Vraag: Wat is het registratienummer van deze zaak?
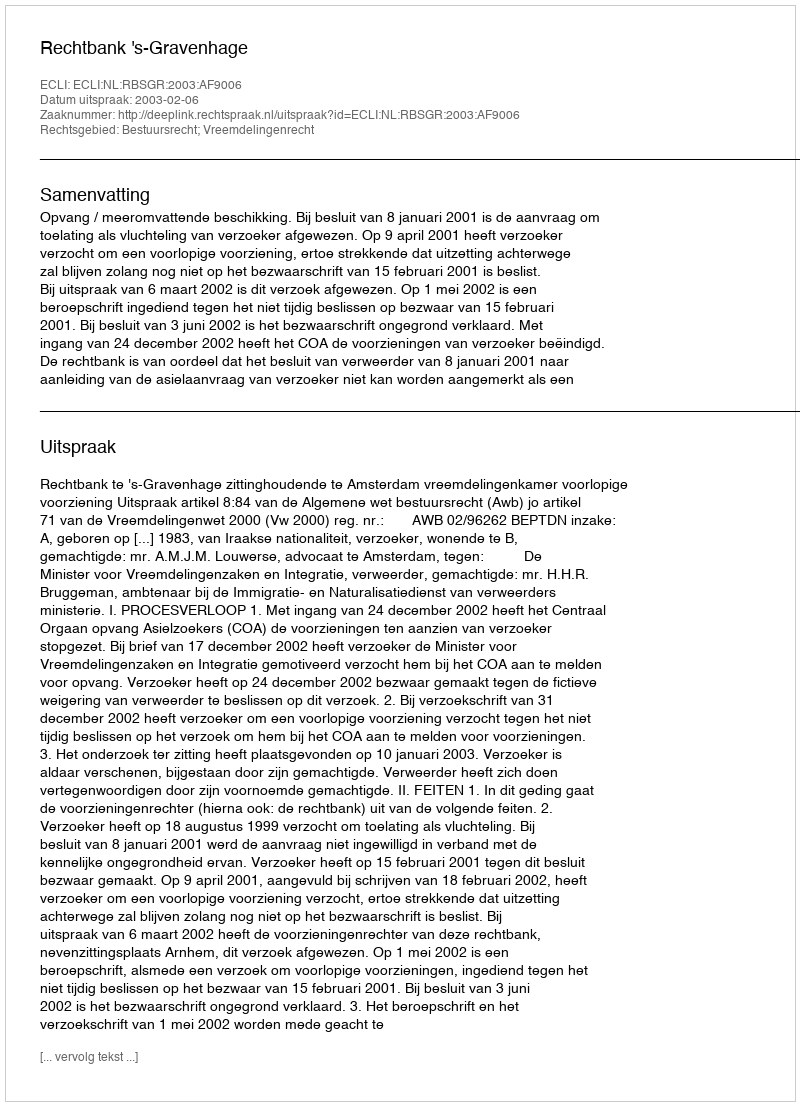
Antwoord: http://deeplink.rechtspraak.nl/uitspraak?id=ECLI:NL:RBSGR:2003:AF9006